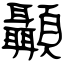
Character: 顳